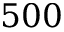
5 0 0